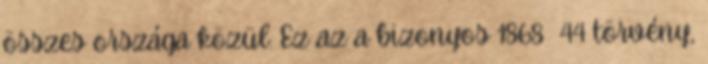
összes országa közül. Ez az a bizonyos 1868 44 törvény,